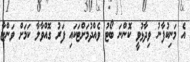
އެ މަނިކުފާނު ވިދާޅުވީ ކޮންނަ ބޯޓު ވެއްދުމަށްޓަކައި ފަރު ގޮއްވާލާ ކަމަށް ވަންޏާ